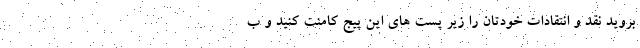
بروید نقد و انتقادات خودتان را زیر پست های این پیج کامنت کنید و ب